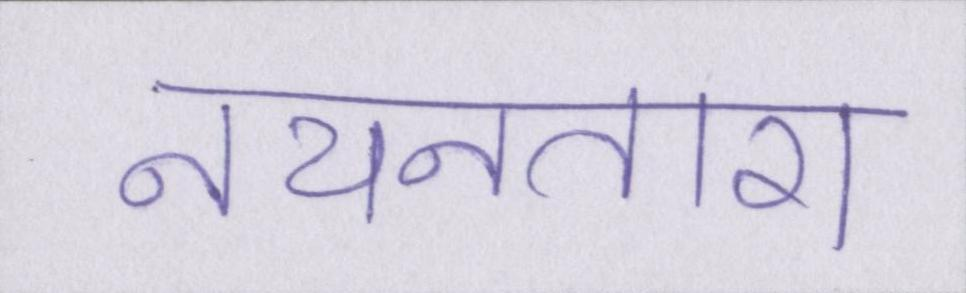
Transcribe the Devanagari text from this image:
नयनतारा